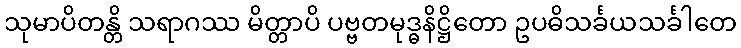
သုမာပိတန္တိ သရာဂဿ မိတ္တာပိ ပဗ္ဗတမုဒ္ဓနိဋ္ဌိတော ဥပဓိသင်္ခယသင်္ခါတေ